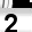
Digit: 2